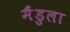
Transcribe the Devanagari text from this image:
मैंडुला